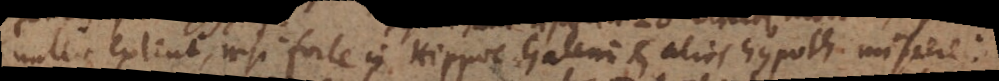
nullae extent, nisi forte in Hippoc. Galeni et aliis hypoth. miscere: